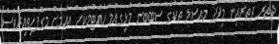
ދޭތެރެ ދޭތެރެއިން މިފަދަ މައްސަލަ ތަކުގެ ސަބަބުން މުޅިގައުމު ހުއްޓުމަކަށް އައުމަށް މަގުފަހިވާއިރުވެސް